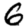
Digit: 6